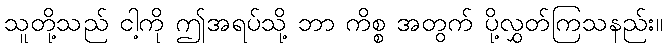
သူတို့သည် ငါ့ကို ဤအရပ်သို့ ဘာ ကိစ္စ အတွက် ပို့လွှတ်ကြသနည်း။